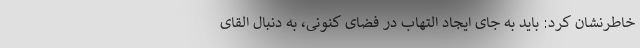
خاطرنشان کرد: باید به جای ایجاد التهاب در فضای کنونی، به دنبال القای